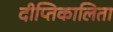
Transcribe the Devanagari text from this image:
दीप्तिकालिता